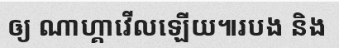
ឲ្យ ណាហ្គាវើលឡើយ៕របង និង